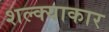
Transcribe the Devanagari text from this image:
शल्क्याकार